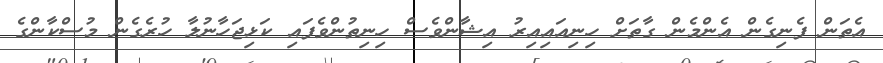
އެތަން ފެނިގެން އެންމެން ގާތަށް ހިނިއައިއިރު އިޝާންވެސް ހިނިތުންވެފައި ކަޅިޖަހާނުލާ ހުރެގެން މުސްކާންގެ